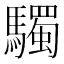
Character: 䮷